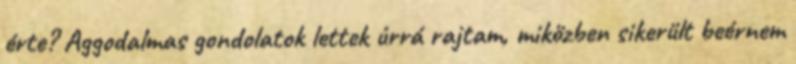
érte? Aggodalmas gondolatok lettek úrrá rajtam, miközben sikerült beérnem